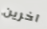
اخرين